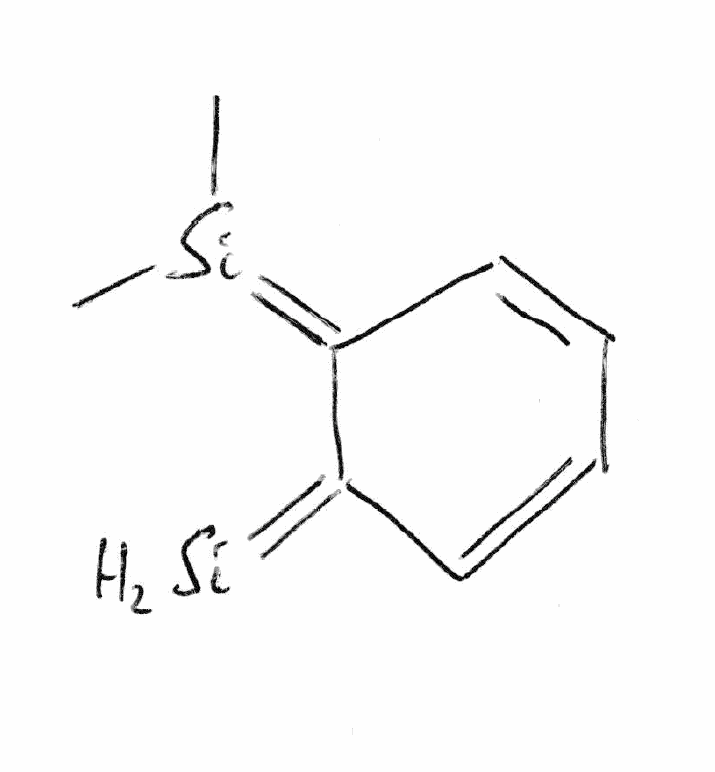
Simplified molecular-input line-entry system (SMILES) notation of the given molecule:
C[Si](=C1C=CC=CC1=[SiH2])C